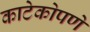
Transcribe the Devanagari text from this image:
काटेकोपणे